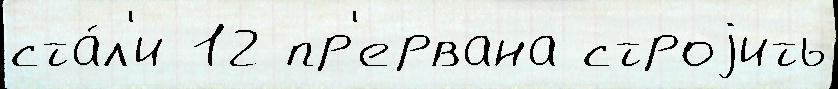
ста́л'и 12 пр'ервана строjить